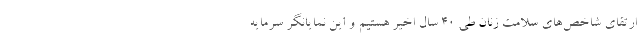
ارتقای شاخص‌های سلامت زنان طی ۴۰ سال اخیر هستیم و این نمایانگر سرمایه